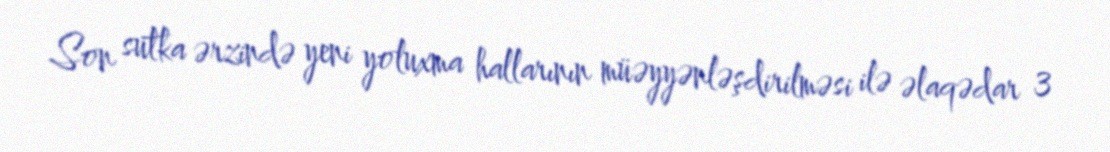
Son sutka ərzində yeni yoluxma hallarının müəyyənləşdirilməsi ilə əlaqədar 3